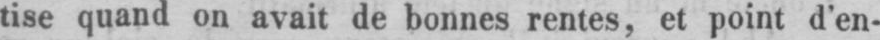
tise quand on avait de bonnes rentes, et point d’en-